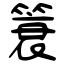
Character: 簑